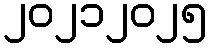
၂၀၂၁၂၀၂၅